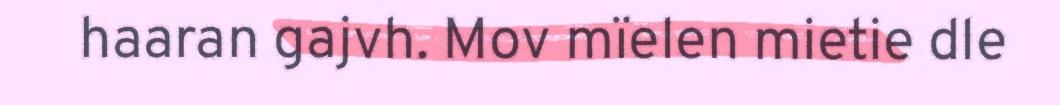
haaran gajvh. Mov mïelen mietie dle